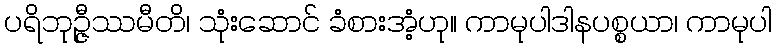
ပရိဘုဉ္ဇီဿမီတိ၊ သုံးဆောင် ခံစားအံ့ဟု။ ကာမုပါဒါနပစ္စယာ၊ ကာမုပါ